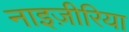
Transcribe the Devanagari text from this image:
नाइज़ीरिया